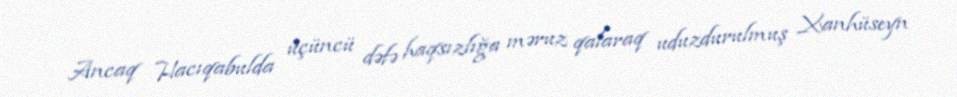
Ancaq Hacıqabulda üçüncü dəfə haqsızlığa məruz qalaraq uduzdurulmuş Xanhüseyn